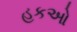
હકઓ